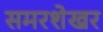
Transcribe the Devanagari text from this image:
समरशेखर